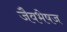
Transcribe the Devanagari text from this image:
जैवभेषज